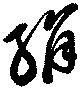
絹